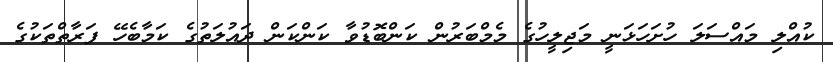
ކުއްލި މައްސަލަ ހުށަހަޅަނީ މަޖިލީހުގެ މެމްބަރުން ކަންބޮޑުވާ ކަންކަން ދައުލަތުގެ ކަމާބެހޭ ފަރާތްތަކުގެ